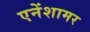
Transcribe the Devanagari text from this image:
एनेंशामर